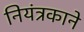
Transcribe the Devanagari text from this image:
नियंत्रकाने